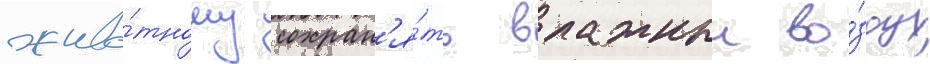
живо́тному сохран'я́ть влажныи во́здух